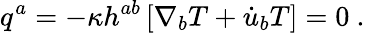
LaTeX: q^{a}=-\kappa h^{ab}\left[\nabla_{b}T+\dot{u}_{b}T\right]=0~.